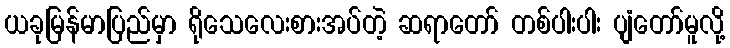
ယခုမြန်မာပြည်မှာ ရိုသေလေးစားအပ်တဲ့ ဆရာတော် တစ်ပါးပါး ပျံတော်မူလို့